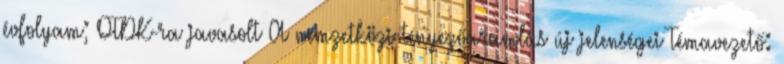
évfolyam; OTDK-ra javasolt A nemzetközi tényezőáramlás új jelenségei Témavezető: